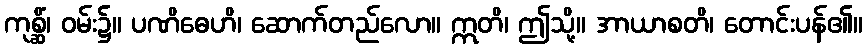
ကုစ္ဆိံ၊ ဝမ်း၌။ ပဏိဓေဟိ၊ ဆောက်တည်လော။ ဣတိ၊ ဤသို့။ အာယာစတိ၊ တောင်းပန်၏။